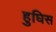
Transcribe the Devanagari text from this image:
हुघिस